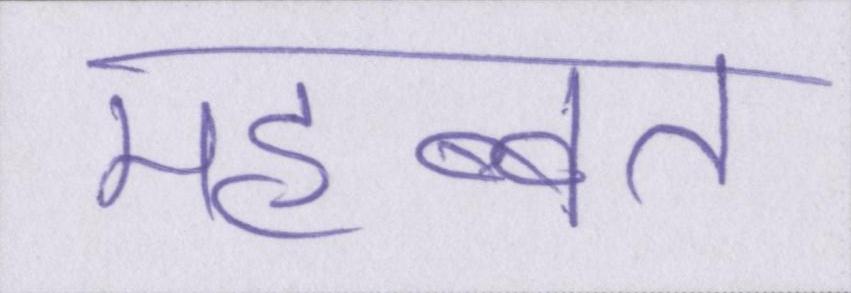
महब्बत